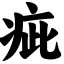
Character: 疵